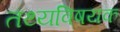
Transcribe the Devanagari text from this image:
तथ्यविषयक